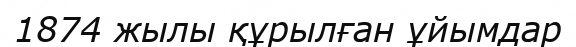
1874 жылы құрылған ұйымдар